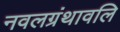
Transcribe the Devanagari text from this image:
नवलग्रंथावलि